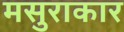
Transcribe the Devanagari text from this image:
मसुराकार